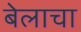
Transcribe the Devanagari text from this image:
बेलाचा